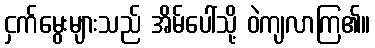
ငှက်မွေးများသည် အိမ်ပေါ်သို့ ဝဲကျလာကြ၏။